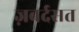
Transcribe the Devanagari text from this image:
ज़बर्दसत